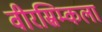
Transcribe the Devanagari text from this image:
वीरस्रिम्कला